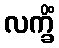
လက္ခိံ